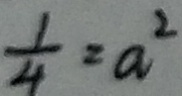
\frac { 1 } { 4 } = a ^ { 2 }